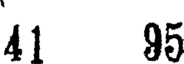
41 95